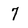
Character: 7